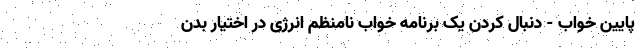
پایین خواب - دنبال کردن یک برنامه خواب نامنظم انرژی در اختیار بدن